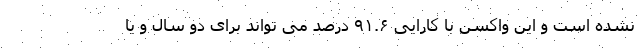
نشده است و این واکسن با کارایی ۹۱.۶ درصد می تواند برای دو سال و یا